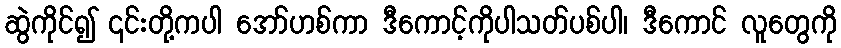
ဆွဲကိုင်၍ ၎င်းတို့ကပါ အော်ဟစ်ကာ ဒီကောင့်ကိုပါသတ်ပစ်ပါ၊ ဒီကောင် လူတွေကို